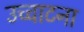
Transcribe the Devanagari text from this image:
उच्चाटना